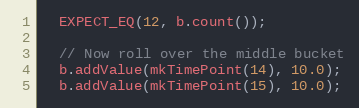
Language: C++
  EXPECT_EQ(12, b.count());

  // Now roll over the middle bucket
  b.addValue(mkTimePoint(14), 10.0);
  b.addValue(mkTimePoint(15), 10.0);